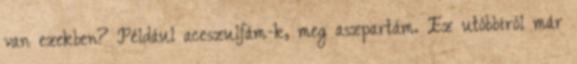
van ezekben? Például aceszulfám-k, meg aszpartám. Ez utóbbiról már